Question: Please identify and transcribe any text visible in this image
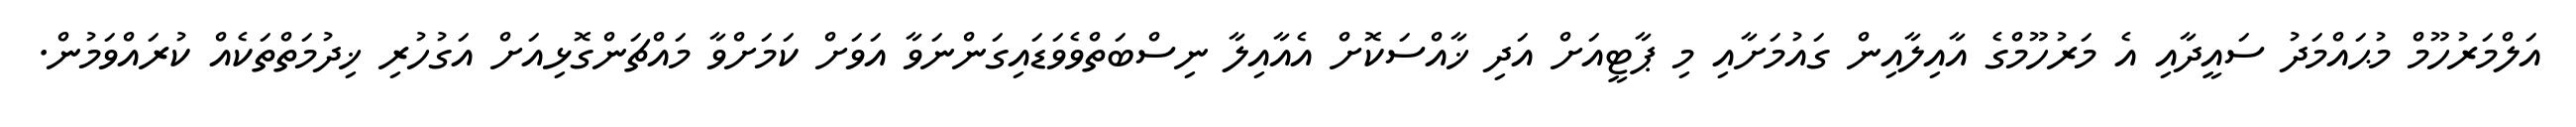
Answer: އަލްމަރުހޫމް މުޙައްމަދު ސައީދާއި އެ މަރުހޫމްގެ އާއިލާއިން ގައުމަށާއި މި ޕާޓީއަށް އަދި ޚާއްސަކޮށް އެއާއިލާ ނިސްބަތްވެވަޑައިގަންނަވާ އަވަށް ކަމަށްވާ މައްޗަންގޮޅިއަށް އަގުހުރި ޚިދުމަތްތަކެއް ކުރައްވަމުން.